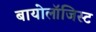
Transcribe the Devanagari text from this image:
बायोलॉजिस्ट